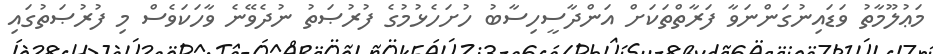
މަޢުލޫމާތު ވަޑައިނުގަންނަވާ ފަރާތްތަކަށް އަންދާސީހިސާބު ހުށަހެޅުމުގެ ފުރުޞަތު ނުދެވޭނެ ވާހަކަވެސް މި ފުރުޞަތުގައި